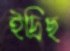
ইদ্রিছ